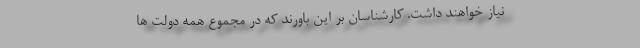
نیاز خواهند داشت. کارشناسان بر این باورند که در مجموع همه دولت ها